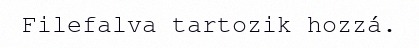
Filefalva tartozik hozzá.